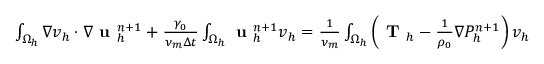
\begin{array} { r l } { \small } & { { } \int _ { \Omega _ { h } } \nabla v _ { h } \cdot \nabla \textbf { u } _ { h } ^ { n + 1 } + \frac { \gamma _ { 0 } } { \nu _ { m } \Delta t } \int _ { \Omega _ { h } } \textbf { u } _ { h } ^ { n + 1 } v _ { h } = \frac { 1 } { \nu _ { m } } \int _ { \Omega _ { h } } \left( \textbf { T } _ { h } - \frac { 1 } { \rho _ { 0 } } \nabla P _ { h } ^ { n + 1 } \right) v _ { h } } \end{array}